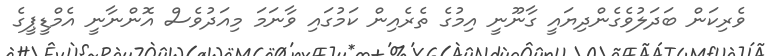
ވެރިކަން ބަދަލުވެގެންދިޔައީ ގާނޫނީ އިމުގެ ތެރެއިން ކަމުގައި ވާނަމަ މިއަދުވެސް އޮންނާނީ އެމްޑީޕީގެ